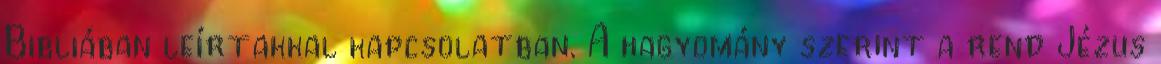
Bibliában leírtakkal kapcsolatban. A hagyomány szerint a rend Jézus